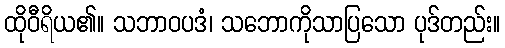
ထိုဝီရိယ၏။ သဘာဝပဒံ၊ သဘောကိုသာပြသော ပုဒ်တည်း။